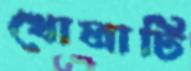
খোলাটি